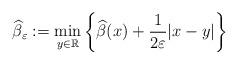
LaTeX: \begin{align*}\widehat{\beta}_{\varepsilon} := \min_{y \in \mathbb{R}} \bigg\{ \widehat{\beta}(x) + \frac{1}{2 \varepsilon} |x - y| \bigg\}\end{align*}